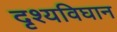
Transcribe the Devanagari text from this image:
दृश्यविघान